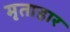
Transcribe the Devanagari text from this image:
मृताहार